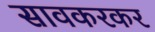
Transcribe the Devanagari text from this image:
सावकरकर